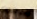
يدرسون